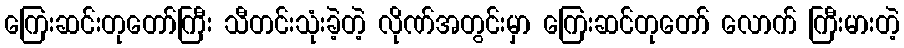
ကြေးဆင်းတုတော်ကြီး သီတင်းသုံးခဲ့တဲ့ လိုဏ်အတွင်းမှာ ကြေးဆင်တုတော် လောက် ကြီးမားတဲ့